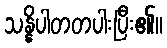
သန္နိပါတတပါးပြီး၏။